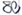
Text: 80